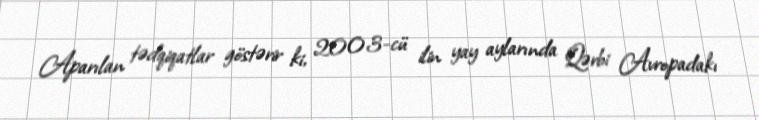
Aparılan tədqiqatlar göstərir ki, 2003-cü ilin yay aylarında Qərbi Avropadakı